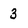
Character: 3